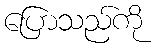
ပြောသည်ကို